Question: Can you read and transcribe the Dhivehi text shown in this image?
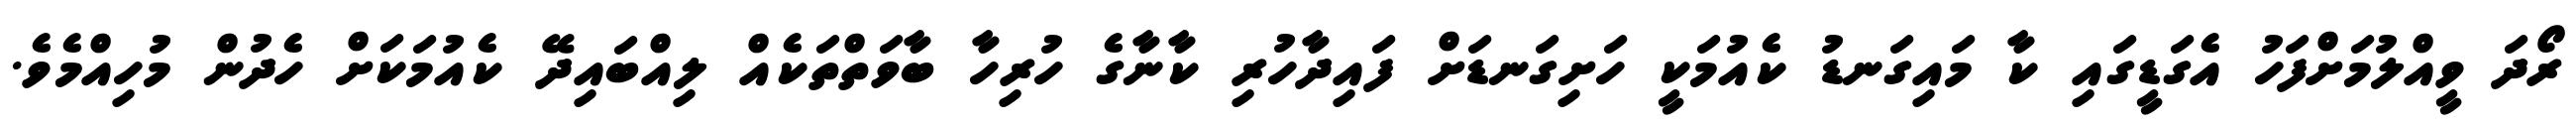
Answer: ރޯދަ ވީއްލުމަށްފަހު އެގަޑީގައި ކާ މައިގަނޑު ކެއުމަކީ ހަށިގަނޑަށް ފައިދާހުރި ކާނާގެ ހުރިހާ ބާވަތްތަކެއް ލިއްބައިދޭ ކެއުމަކަށް ހެދުން މުހިއްމެވެ.